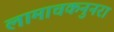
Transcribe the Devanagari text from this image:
लामाचकनुनरा